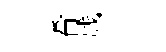
肴贱